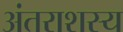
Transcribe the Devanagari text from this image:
अंतराशस्य